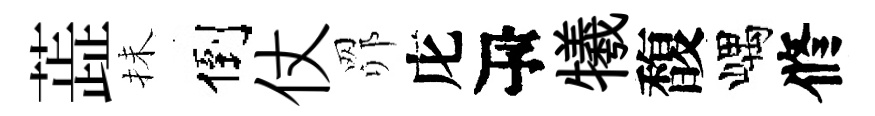
蕋抺倒仗𦊑庀瓴犧馥嵎修